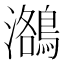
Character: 𪃕